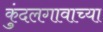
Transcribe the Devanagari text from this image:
कुंदलगावाच्या